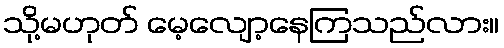
သို့မဟုတ် မေ့လျော့နေကြသည်လား။